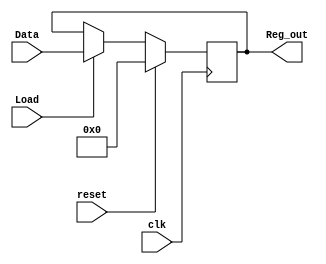
module Register (output reg [3:0] Reg_out, input [3:0] Data, input Load, clk, reset);
	always @(posedge clk) begin
	
		if(reset) Reg_out = 4'b0;
		else begin
			if(Load) Reg_out <= Data ;
		end
	end
endmodule